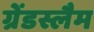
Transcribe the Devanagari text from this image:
ग्रेंडस्लैम